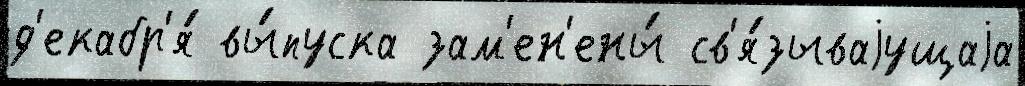
д'екабр'я́ вы́пуска зам'ен'ены́ св'я́зываjущаjа